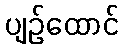
ပျဉ်ထောင်